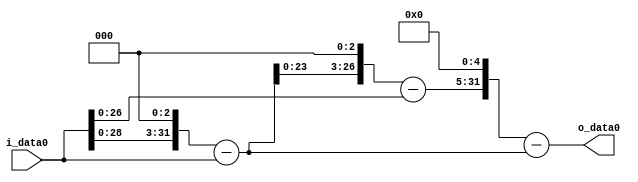
module multiplier_block (
    i_data0,
    o_data0
);

  // Port mode declarations:
  input   [31:0] i_data0;
  output  [31:0]
    o_data0;

  //Multipliers:

  wire [31:0]
    w1,
    w8,
    w7,
    w56,
    w55,
    w1760,
    w1753;

  assign w1 = i_data0;
  assign w1753 = w1760 - w7;
  assign w1760 = w55 << 5;
  assign w55 = w56 - w1;
  assign w56 = w7 << 3;
  assign w7 = w8 - w1;
  assign w8 = w1 << 3;

  assign o_data0 = w1753;

  //multiplier_block area estimate = 5388.76785242206;
endmodule